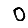
Digit: 0